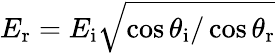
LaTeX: E_{\mathrm{r}}=E_{\mathrm{i}}\sqrt{\cos\theta_{\mathrm{i}}/\cos\theta_{\mathrm{r}}}